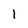
Character: 1